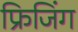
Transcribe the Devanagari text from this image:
फ्रिजिंग